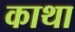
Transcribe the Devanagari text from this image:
काथा